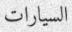
السیارات